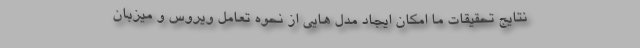
نتایج تحقیقات ما امکان ایجاد مدل هایی از نحوه تعامل ویروس و میزبان